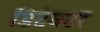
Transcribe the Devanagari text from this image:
डिटेक्‍टर